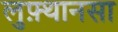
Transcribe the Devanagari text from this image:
लुफ़्थानसा